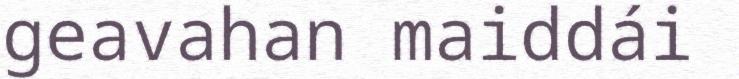
geavahan maiddái